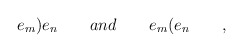
\begin{align*}e_{m}\mathbf{)}e_{n}\quad \quad and\quad \quad e_{m}\mathbf{(}e_{n}\quad\quad ,\end{align*}